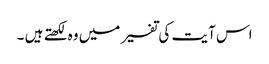
اس آیت کی تفسیر میں وہ لکھتے ہیں ۔